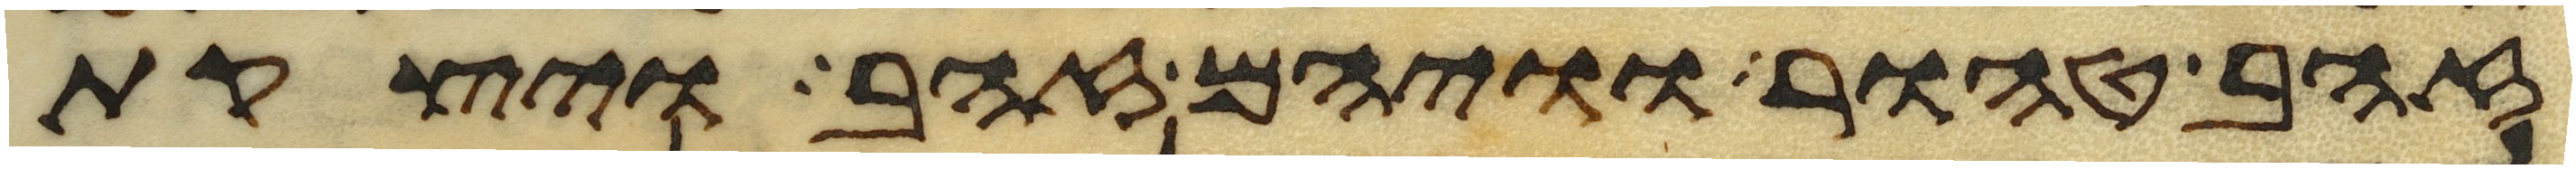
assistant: זהב טהור וויהם זהב ויצקת